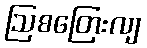
ဩစတြေးလျ